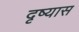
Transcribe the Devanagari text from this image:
दृष्यास